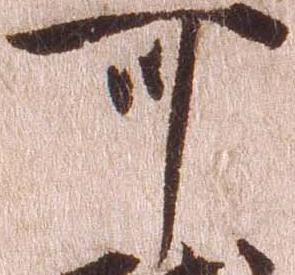
可